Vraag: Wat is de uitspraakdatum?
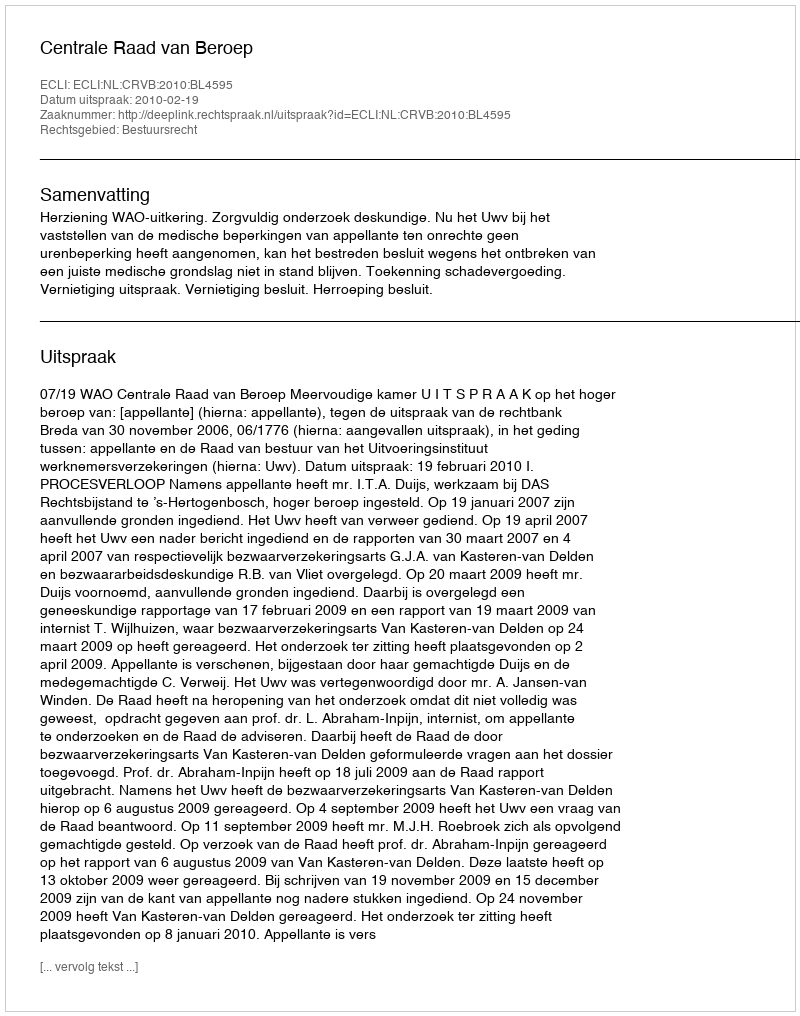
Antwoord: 2010-02-19